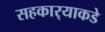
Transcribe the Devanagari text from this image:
सहकार्‍याकडे